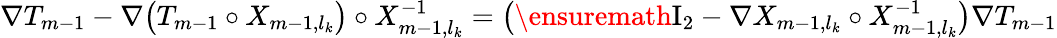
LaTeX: \begin{array}{r}{\nabla T_{m-1}-\nabla\bigl(T_{m-1}\circ X_{m-1,l_{k}}\bigr)\circ X_{m-1,l_{k}}^{-1}=\bigl(\ensuremath{\mathrm{I}_{2}}-\nabla X_{m-1,l_{k}}\circ X_{m-1,l_{k}}^{-1}\bigr)\nabla T_{m-1}}\end{array}